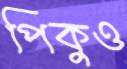
পিকুও